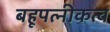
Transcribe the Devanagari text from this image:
बहूपत्नीकत्व